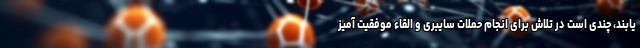
یابند، چندی است در تلاش برای انجام حملات سایبری و القاء موفقیت آمیز